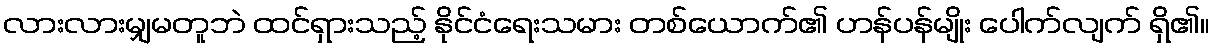
လားလားမျှမတူဘဲ ထင်ရှားသည့် နိုင်ငံရေးသမား တစ်ယောက်၏ ဟန်ပန်မျိုး ပေါက်လျက် ရှိ၏။